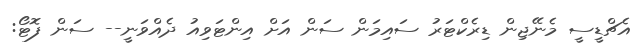
އެޗްޑީސީ މެނޭޖިން ޑިރެކްޓަރު ސައިމަން ސަން އަށް އިންޓަވިއު ދެއްވަނީ-- ސަން ފޮޓޯ: